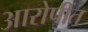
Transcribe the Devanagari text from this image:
आरोपींत